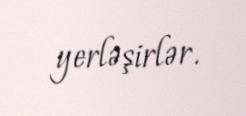
yerləşirlər.